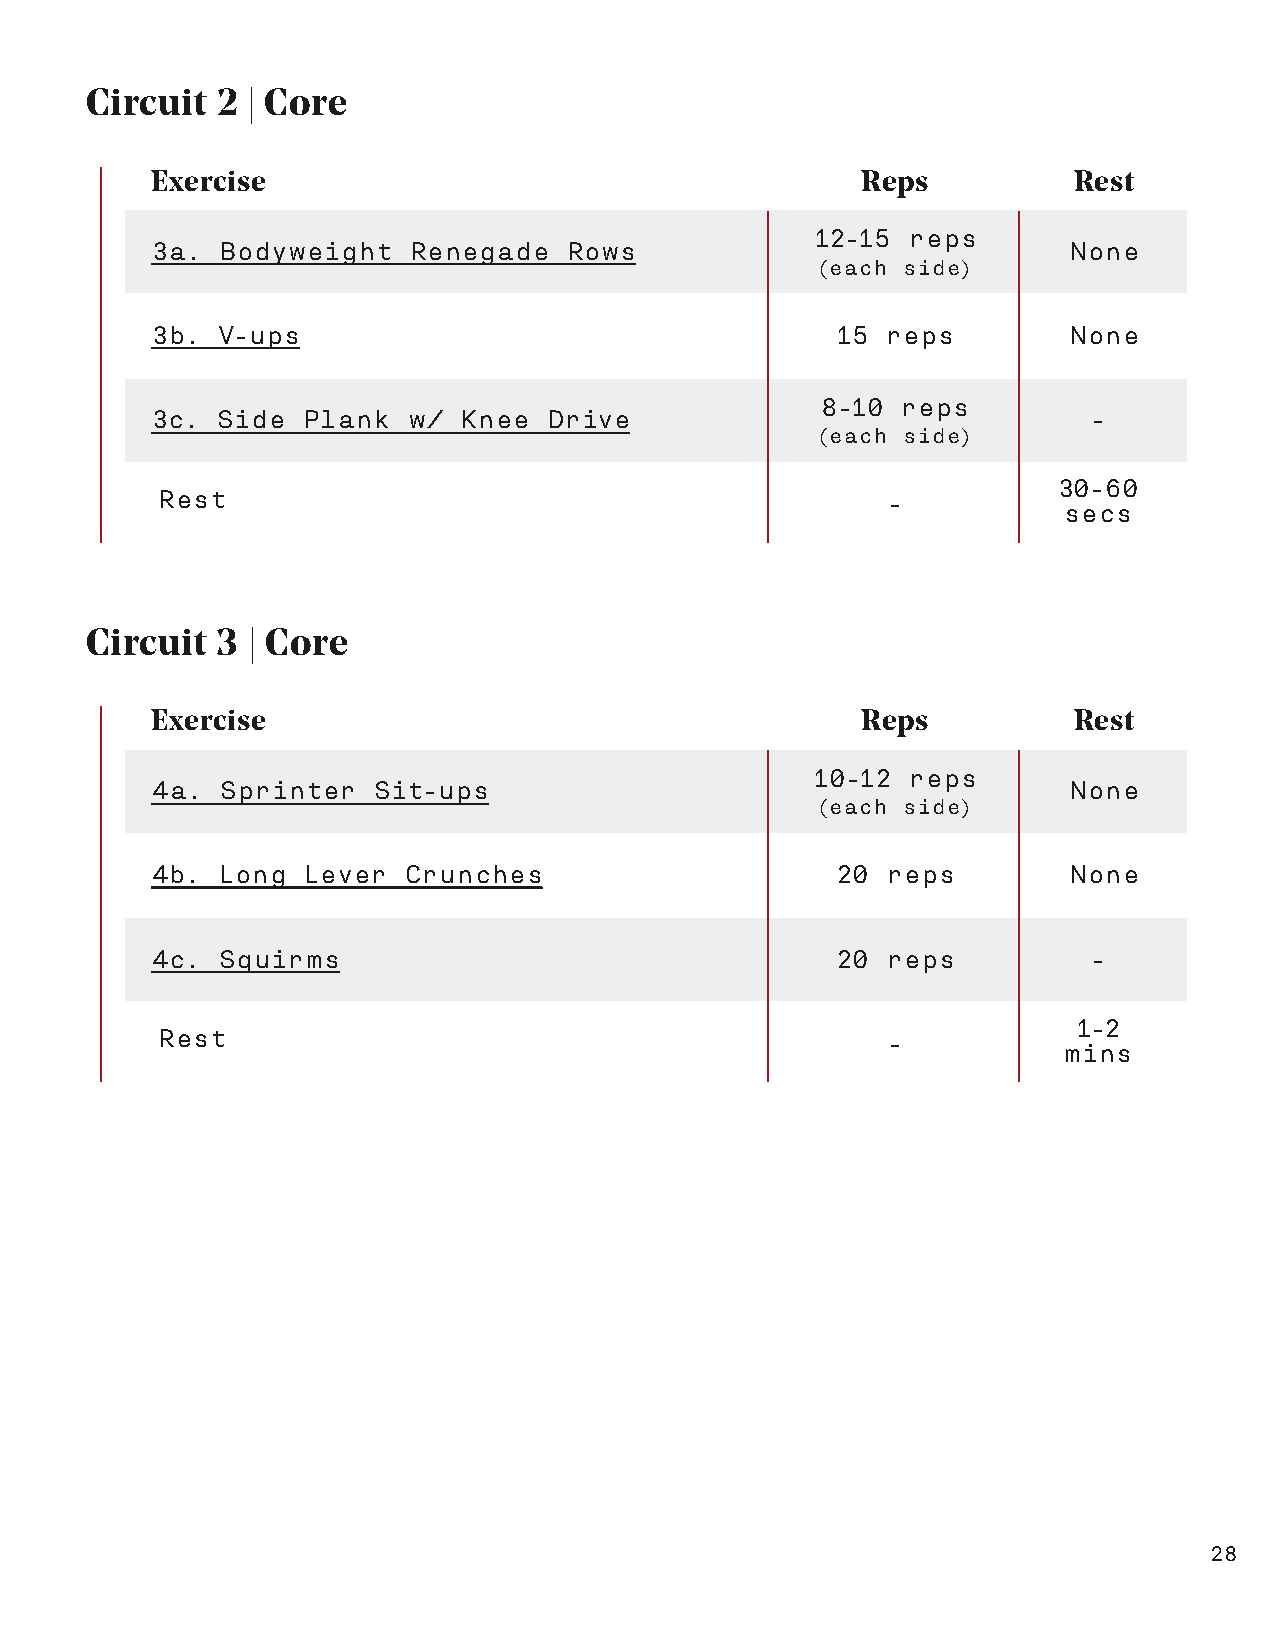
Circuit 2 | Core
 Exercise                                       Reps          Rest
 12-15 reps
 3a. Bodyweight   Renegade   Rows                             None
 (each side)
 3b. V-ups                                    15  reps        None
 8-10  reps
 3c. Side  Plank  w/ Knee  Drive                               -
 (each side)
 30-60
 Rest                                             -
 secs
 Circuit 3 | Core
 Exercise                                       Reps          Rest
 10-12 reps
 4a.  Sprinter  Sit-ups                                       None
 (each side)
 4b. Long  Lever  Crunches                    20  reps        None
 4c. Squirms                                  20  reps         -
 1-2
 Rest                                             -
 mins
 28